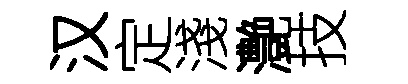
汉定淺灔技